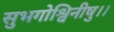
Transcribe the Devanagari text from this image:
सुभगोश्विनीषु।।